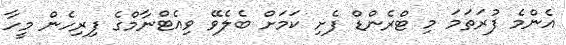
އެންމެ ފުރަތަމަ މި ޓްރެންޑް ފެށި ކަމަށް ބެލެވޭ ވިއެޓްނާމްގެ ފިރިހެން މީހާ